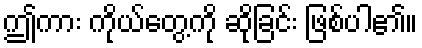
ဤကား ကိုယ်တွေ့ကို ဆိုခြင်း ဖြစ်ပါ၏။